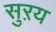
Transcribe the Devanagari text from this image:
सुऱय